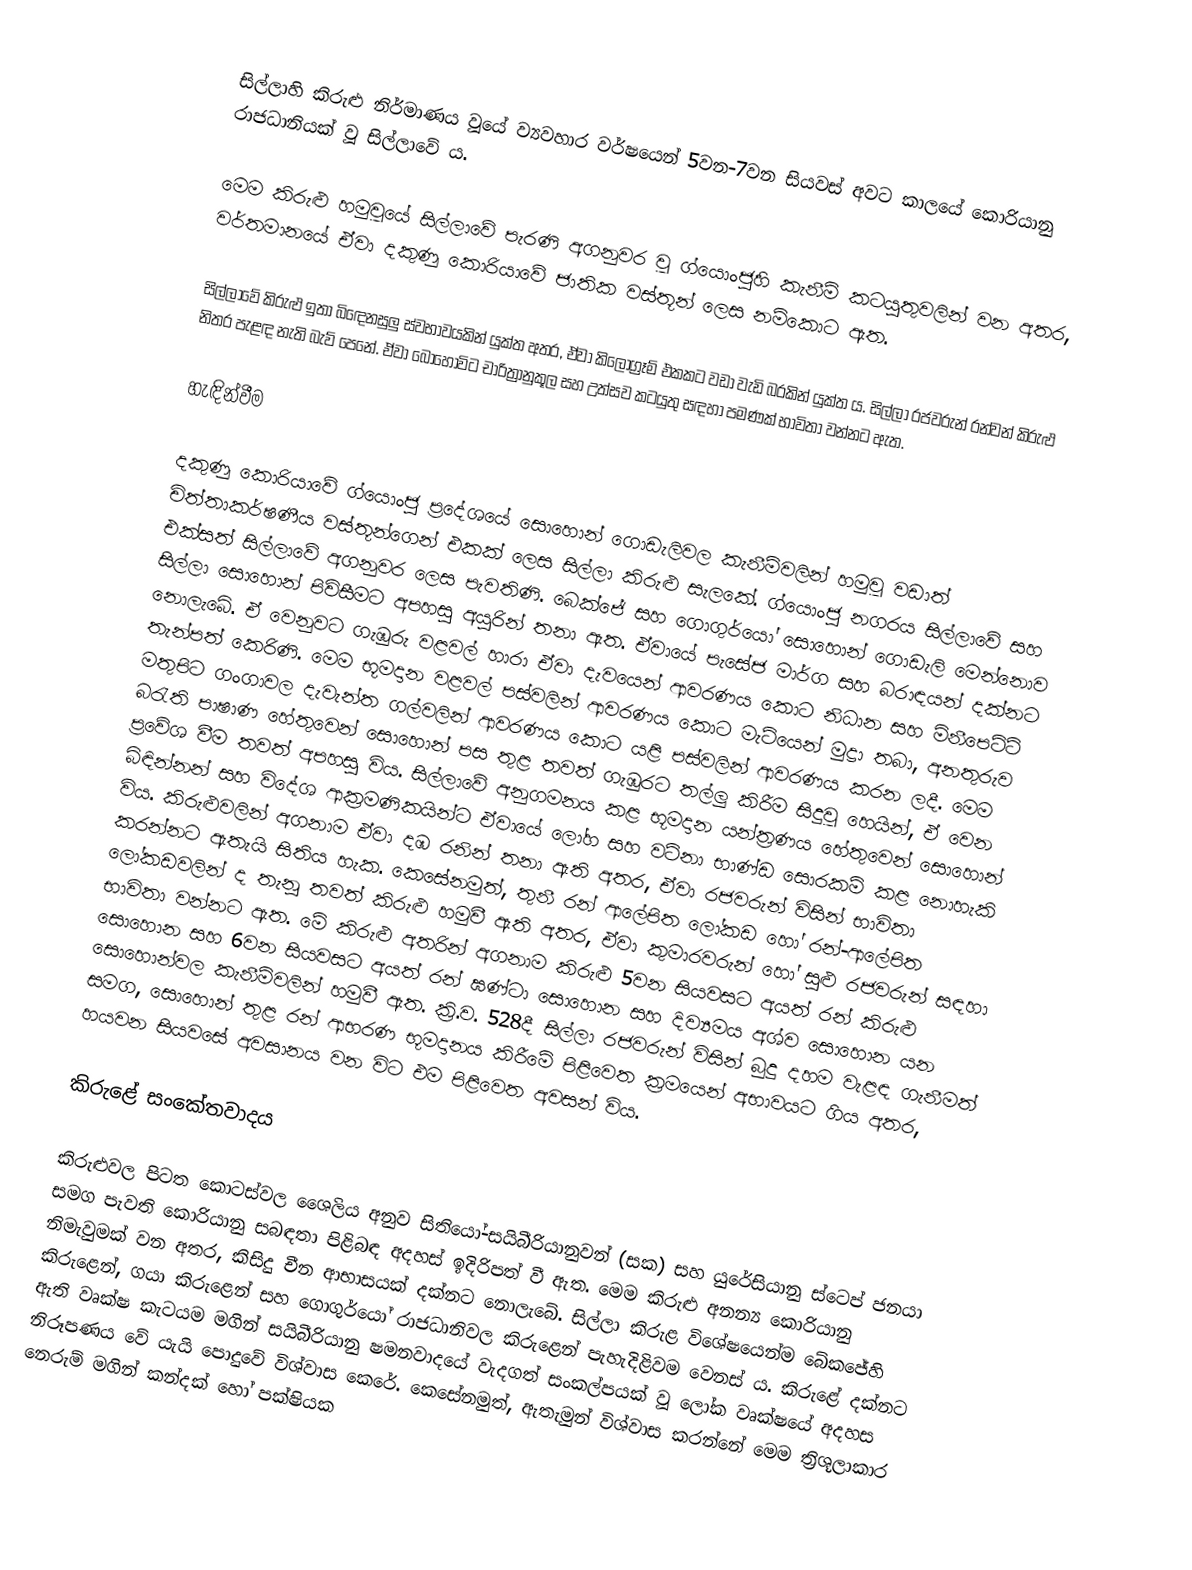
සිල්ලාහි කිරුළු නිර්මාණය වූයේ ව්‍යවහාර වර්ෂයෙන් 5වන-7වන සියවස් අවට කාලයේ කොරියානු රාජධානියක් වූ සිල්ලාවේ ය.

මෙම කිරුළු හමුවූයේ සිල්ලාවේ පැරණි අගනුවර වූ ග්යොංජුහි කැනීම් කටයුතුවලින් වන අතර, වර්තමානයේ ඒවා දකුණු කොරියාවේ ජාතික වස්තූන් ලෙස නම්කොට ඇත.

සිල්ලාවේ කිරුළු ඉතා බි‍ඳෙනසුලු ස්වභාවයකින් යුක්ත අතර, ඒවා කිලෝග්‍රෑම් එකකට වඩා වැඩි බරකින් යුක්ත ය. සිල්ලා රජවරුන් රන්වන් කිරුළු නිතර පැළඳ නැති බැව් පෙනේ. ඒවා බොහෝවිට චාරිත්‍රානුකූල සහ උත්සව කටයුතු සඳහා පමණක් භාවිතා වන්නට ඇත.

හැඳින්වීම

දකුණු කොරියාවේ ග්යොංජු ප්‍රදේශයේ සොහොන් ගොඩැලිවල කැනීම්වලින් හමුවූ වඩාත් චිත්තාකර්ෂණීය වස්තූන්ගෙන් එකක් ලෙස සිල්ලා කිරුළු සැලකේ. ග්යොංජු නගරය සිල්ලාවේ සහ එක්සත් සිල්ලාවේ අගනුවර ලෙස පැවතිණි. බෙක්ජේ සහ ගොගුර්යෝ සොහොන් ගොඩැලි මෙන්නොව සිල්ලා සොහොන් පිවිසීමට අපහසු අයුරින් තනා ඇත. ඒවායේ පැසේජ මාර්ග සහ බරාඳයන් දක්නට නොලැබේ. ඒ වෙනුවට ගැඹුරු වළවල් හාරා ඒවා දැවයෙන් ආවරණය කොට නිධාන සහ මිනීපෙට්ටි තැන්පත් කෙරිණි. මෙම භූමදාන වළවල් පස්වලින් ආවරණය කොට මැටියෙන් මුද්‍රා තබා, අනතුරුව මතුපිට ගංගාවල දැවැන්ත ගල්වලින් ආවරණය කොට යළි පස්වලින් ආවරණය කරන ලදී. මෙම බරැති පාෂාණ හේතුවෙන් සොහොන් පස තුළ තවත් ගැඹුරට තල්ලු කිරීම සිදුවූ හෙයින්, ඒ වෙන ප්‍රවේශ වීම තවත් අපහසු විය. සිල්ලාවේ අනුගමනය කළ භූමදාන යන්ත්‍රණය හේතුවෙන් සොහොන් බිඳින්නන් සහ විදේශ ආක්‍රමණිකයින්ට ඒවායේ ලෝහ සහ වටිනා භාණ්ඩ සොරකම් කළ නොහැකි විය. කිරුළුවලින් අගනාම ඒවා දඹ රනින් තනා ඇති අතර, ඒවා රජවරුන් විසින් භාවිතා කරන්නට ඇතැයි සිතිය හැක. කෙසේනමුත්, තුනී රන් ආලේපිත ලෝකඩ හෝ රන්-ආලේපිත ලෝකඩවලින් ද තැනූ තවත් කිරුළු හමුවී ඇති අතර, ඒවා කුමාරවරුන් හෝ සුළු රජවරුන් සඳහා භාවිතා වන්නට ඇත. මේ කිරුළු අතරින් අගනාම කිරුළු 5වන සියවසට අයත් රන් කිරුළු සොහොන සහ 6වන සියවසට අයත් රන් ඝණ්ටා සොහොන සහ දිව්‍යමය අශ්ව සොහොන යන සොහොන්වල කැනීම්වලින් හමුවී ඇත. ක්‍රි.ව. 528දී සිල්ලා රජවරුන් විසින් බුදු දහම වැළඳ ගැනීමත් සමග, සොහොන් තුළ රන් ආභරණ භූමදානය කිරීමේ පිළිවෙත ක්‍රමයෙන් අභාවයට ගිය අතර, හයවන සියවසේ අවසානය වන විට එම පිළිවෙත අවසන් විය.

කිරුළේ සංකේතවාදය

කිරුළුවල පිටත ‍කොටස්වල ශෛලිය අනුව සිතියෝ-සයිබීරියානුවන් (සක) සහ යුරේසියානු ස්ටෙප් ජනයා සමග පැවති කොරියානු සබඳතා පිළිබඳ අදහස් ඉදිරිපත් වී ඇත. මෙම කිරුළු අනන්‍ය කොරියානු නිමැවුමක් වන අතර, කිසිදු චීන ආභාසයක් දක්නට නොලැබේ. සිල්ලා කිරුළ විශේෂයෙන්ම බේකජේහි කිරුළෙන්, ගයා කිරුළෙන් සහ ගොගුර්යෝ රාජධානිවල කිරුළෙන් පැහැදිළිවම වෙනස් ය. කිරුළේ දක්නට ඇති වෘක්ෂ කැටයම මගින් සයිබීරියානු ෂමනවාදයේ වැදගත් සංකල්පයක් වූ ලෝක වෘක්ෂයේ අදහස නිරූපණය වේ යැයි පොදුවේ විශ්වාස කෙරේ. කෙසේනමුත්, ඇතැමුන් විශ්වාස කරන්නේ මෙම ත්‍රිශූලාකාර නෙරුම් මගින් කන්දක් හෝ පක්ෂියක